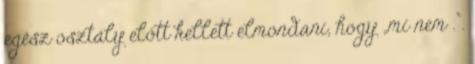
egész osztály előtt kellett elmondani, hogy „mi nem .”.